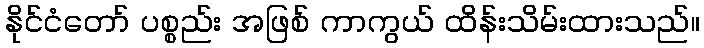
နိုင်ငံတော် ပစ္စည်း အဖြစ် ကာကွယ် ထိန်းသိမ်းထားသည်။